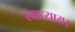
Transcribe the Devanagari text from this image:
स्वाध्याय।